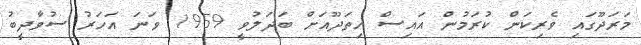
މަރަދޫގައި ވެރިކަން ކުރަމުން އައިސް ހިތަދޫއަށް ބަދަލުވީ 1959 ވަނަ އަހަރު ސުވާދީބު